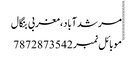
مرشدآباد،مغربی بنگال
ََََََََََََََََََََََََموبائل نمبر 7872873542